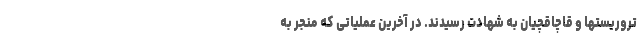
تروریستها و قاچاقچیان به شهادت رسیدند. در آخرین عملیاتی که منجر به